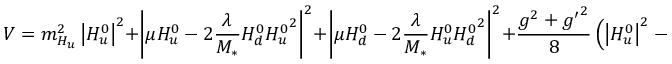
V = m _ { H _ { u } } ^ { 2 } \left| H _ { u } ^ { 0 } \right| ^ { 2 } + \left| \mu H _ { u } ^ { 0 } - 2 { \frac { \lambda } { M _ { * } } } H _ { d } ^ { 0 } { H _ { u } ^ { 0 } } ^ { 2 } \right| ^ { 2 } + \left| \mu H _ { d } ^ { 0 } - 2 { \frac { \lambda } { M _ { * } } } H _ { u } ^ { 0 } { H _ { d } ^ { 0 } } ^ { 2 } \right| ^ { 2 } + { \frac { g ^ { 2 } + { g ^ { \prime } } ^ { 2 } } { 8 } } \left( \left| H _ { u } ^ { 0 } \right| ^ { 2 } - \left| H _ { d } ^ { 0 } \right| ^ { 2 } \right) ^ { 2 } .